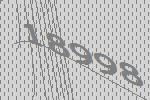
18998